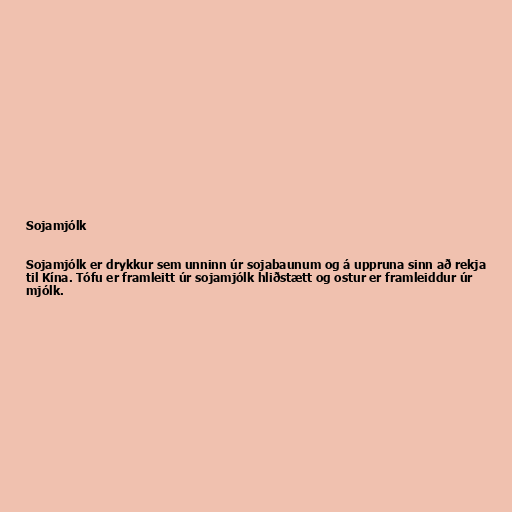
Sojamjólk

Sojamjólk er drykkur sem unninn úr sojabaunum og á uppruna sinn að rekja
til Kína. Tófu er framleitt úr sojamjólk hliðstætt og ostur er framleiddur úr
mjólk.